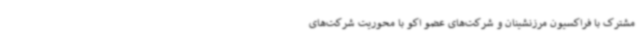
مشترک با فراکسیون مرزنشینان و شرکت‌های عضو اکو با محوریت شرکت‌های